Leaving Certificate Examination (including Day School Certificate (Higher) General paper), 1938
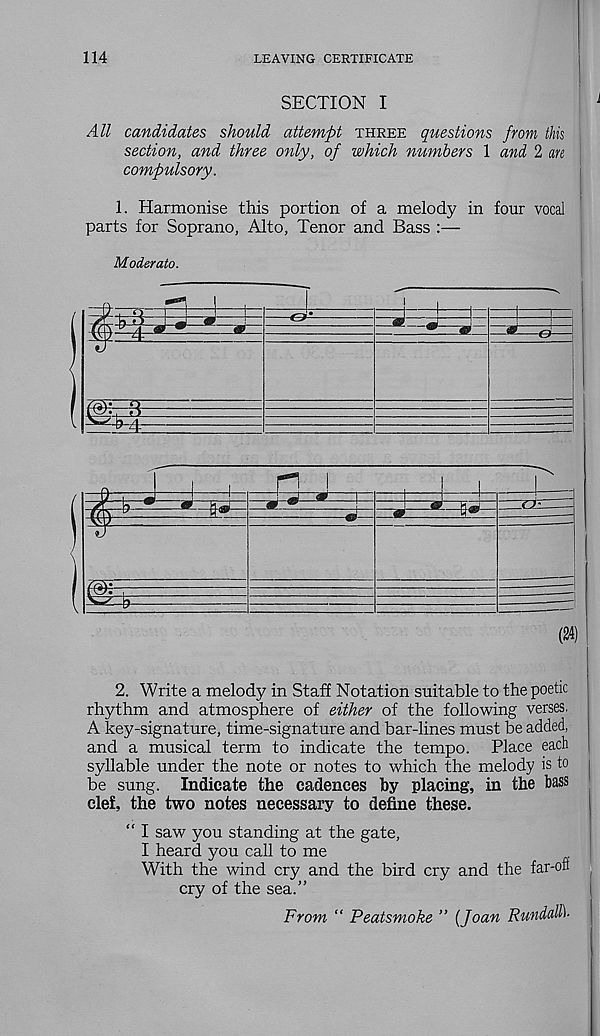
114
LEAVING CERTIFICATE
SECTION I
All candidates should attempt three questions from this
section, and three only, of which numbers 1 and 2 an
compulsory.
1. Harmonise this portion of a melody in four vocal
parts for Soprano, Alto, Tenor and Bass :—
Moderate.
2. Write a melody in Staff Notation suitable to the poetic
rhythm and atmosphere of either of the following verses.
A key-signature, time-signature and bar-lines must be added,
and a musical term to indicate the tempo. Place each
syllable under the note or notes to which the melody is to
be sung. Indicate the cadences by placing, in the bass
clef, the two notes necessary to define these.
“ I saw you standing at the gate,
I heard you call to me
With the wind cry and the bird cry and the far-on
cry of the sea.”
From “ Peatsmoke ” (Joan Rundalli